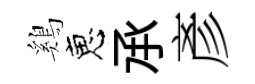
鷄恵𠄘彥